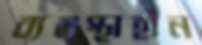
ব্যবস্থাহীন